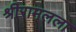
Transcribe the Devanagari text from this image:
श्रीरामलला